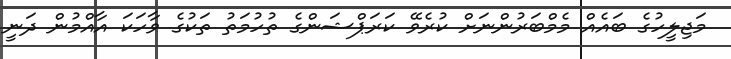
މަޖިލީހުގެ ބައެއް މެމްބަރުންނަށް ކުރެވޭ ކަރަޕްޝަންގެ ތުހުމަތު ތަކުގެ ވާހަކަ އާއްމުން ދަނީ